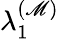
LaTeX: \lambda_{1}^{(\mathscr{M})}